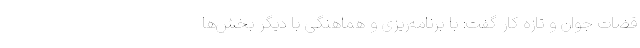
قضات جوان و تازه کار گفت: با برنامه‌ریزی و هماهنگی با دیگر بخش‌ها